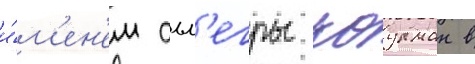
и́м'ен'ем алл'егры коулман в